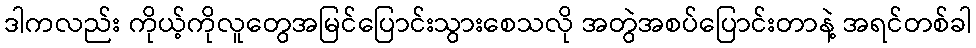
ဒါကလည်း ကိုယ့်ကိုလူတွေအမြင်ပြောင်းသွားစေသလို အတွဲအစပ်ပြောင်းတာနဲ့ အရင်တစ်ခါ